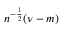
n ^ { - { \frac { 1 } { 2 } } } ( \nu - m )